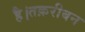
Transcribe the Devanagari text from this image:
है।तक़रीबन